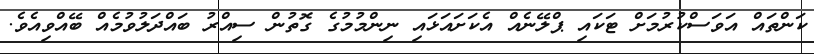
ކަންތައް އަވަސްކުރުމަށް ޓަކައި ޕްލޭނެއް އެކަށައަޅައި ނިންމުމުގެ ގޮތުން ސިއްރު ބައްދަލުވުމެއް ބޭއްވިއެވެ.